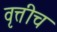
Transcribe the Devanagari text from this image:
वृत्तीच